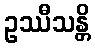
ဥဿီသန္တိ